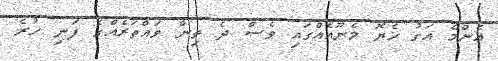
އެންމެ އަގު ހެޔޮ މެނޫއެއްގައި ވެސް ދެ ތިން ވައްތަރެއްގެ ފަނި ހުރެ